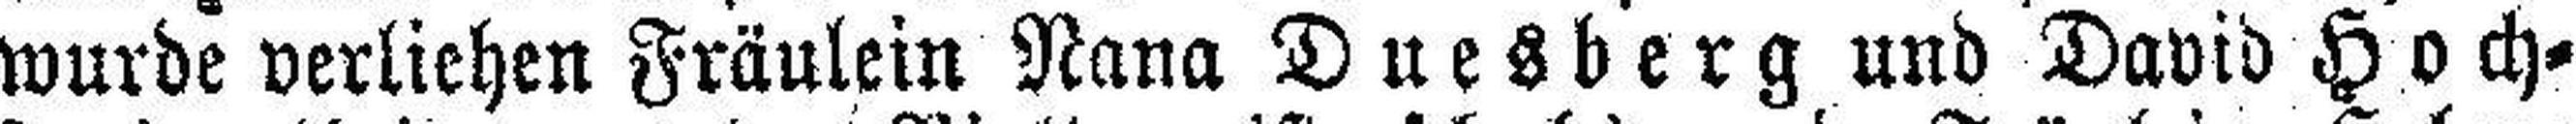
wurde verliehen Fräulein Nana Duesberg und David Hoch¬